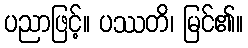
ပညာဖြင့်။ ပဿတိ၊ မြင်၏။